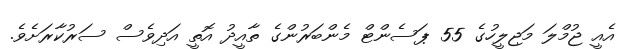
އެއީ ޖުމްލަ މަޖިލީހުގެ 55 ޕަސެންޓް މެންބަރުންގެ ތާއީދު އޮތީ އަދިވެސް ސަރުކާރަށެވެ.